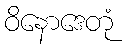
ဝိနောဒေတုံ